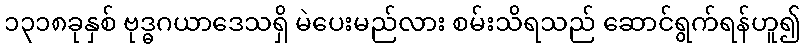
၁၃၁၈ခုနှစ် ဗုဒ္ဓဂယာဒေသရှိ မဲပေးမည်လား စမ်းသိရသည် ဆောင်ရွက်ရန်ဟူ၍